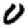
Digit: 0